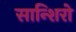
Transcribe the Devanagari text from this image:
सान्शिरो